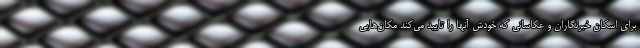
برای اسکان خبرنگاران و عکاسانی که خودش آنها را تایید می‌کند مکان‌هایی